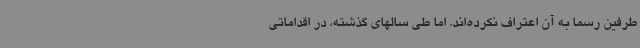
طرفین رسماً به آن اعتراف نکرده‌اند. اما طی سالهای گذشته، در اقداماتی